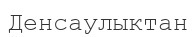
Денсаулыктан